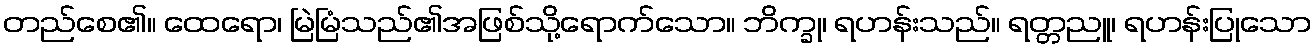
တည်စေ၏။ ထေရော၊ မြဲမြံသည်၏အဖြစ်သို့ရောက်သော။ ဘိက္ခု၊ ရဟန်းသည်။ ရတ္တညူ၊ ရဟန်းပြုသော